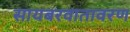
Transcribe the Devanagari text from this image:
सायबरवातावरण